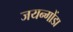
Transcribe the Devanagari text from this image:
जयन्गोंडा